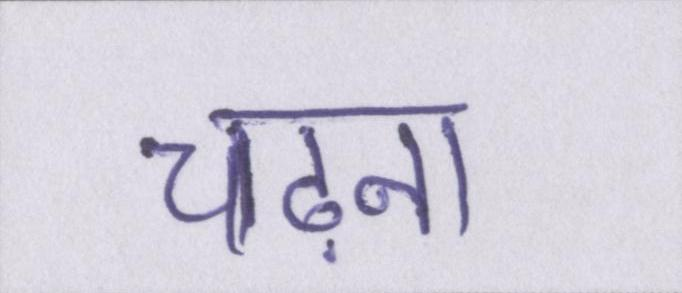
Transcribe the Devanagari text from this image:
चढ़ना